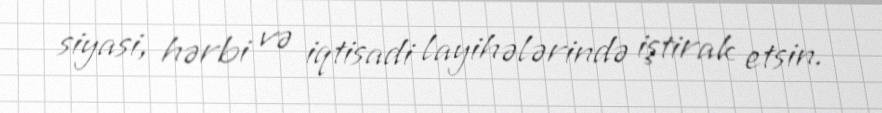
siyasi, hərbi və iqtisadi layihələrində iştirak etsin.